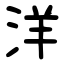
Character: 洋